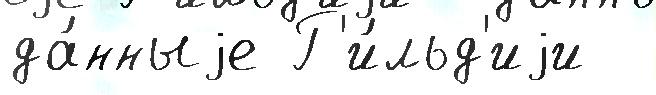
да́нныjе Г'и́льд'иjи